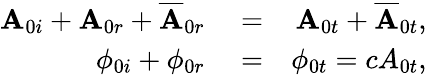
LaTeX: \begin{array}{rlr}{\mathbf{A}_{0i}+\mathbf{A}_{0r}+\overline{{\mathbf{A}}}_{0r}}&{{}=}&{\mathbf{A}_{0t}+\overline{{\mathbf{A}}}_{0t},}\\ {\phi_{0i}+\phi_{0r}}&{{}=}&{\phi_{0t}=cA_{0t},}\end{array}